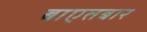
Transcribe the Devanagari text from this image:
बाएतबार